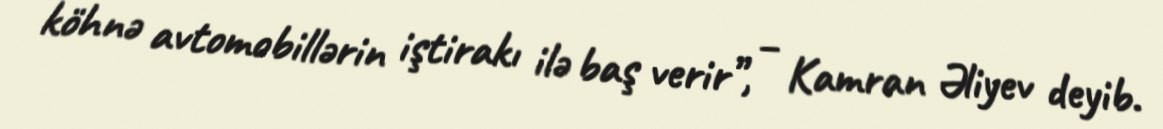
köhnə avtomobillərin iştirakı ilə baş verir”, – Kamran Əliyev deyib.